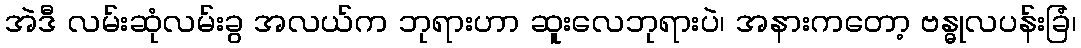
အဲဒီ လမ်းဆုံလမ်းခွ အလယ်က ဘုရားဟာ ဆူးလေဘုရားပဲ၊ အနားကတော့ ဗန္ဓုလပန်းခြံ၊